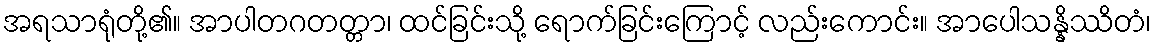
အရသာရုံတို့၏။ အာပါတဂတတ္တာ၊ ထင်ခြင်းသို့ ရောက်ခြင်းကြောင့် လည်းကောင်း။ အာပေါသန္နိဿိတံ၊